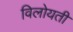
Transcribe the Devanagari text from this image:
विलोयती